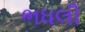
ભધલી